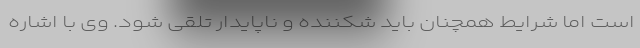
است اما شرایط همچنان باید شکننده و ناپایدار تلقی شود. وی با اشاره